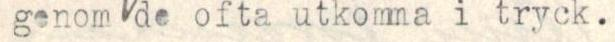
genom de ofta utkomma i tryck.